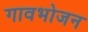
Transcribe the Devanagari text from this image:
गावभोजन